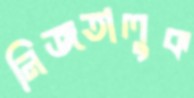
নিজতালুক